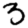
Digit: 3